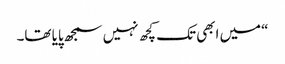
“میں ابھی تک کچھ نہیں سمجھ پایا تھا۔